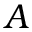
A